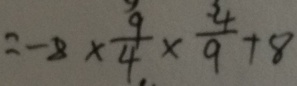
= - 8 \times \frac { 9 } { 4 } \times \frac { 4 } { 9 } + 8